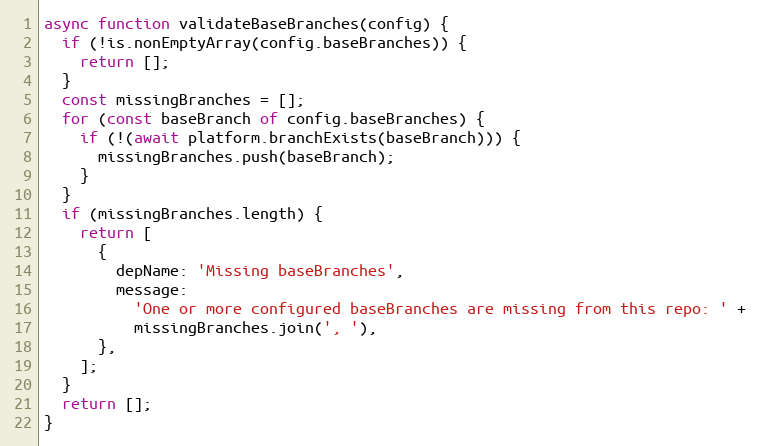
Language: JavaScript
async function validateBaseBranches(config) {
  if (!is.nonEmptyArray(config.baseBranches)) {
    return [];
  }
  const missingBranches = [];
  for (const baseBranch of config.baseBranches) {
    if (!(await platform.branchExists(baseBranch))) {
      missingBranches.push(baseBranch);
    }
  }
  if (missingBranches.length) {
    return [
      {
        depName: 'Missing baseBranches',
        message:
          'One or more configured baseBranches are missing from this repo: ' +
          missingBranches.join(', '),
      },
    ];
  }
  return [];
}